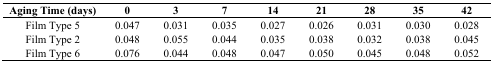
| Aging Time (days) | 0 | 3 | 7 | 14 | 21 | 28 | 35 | 42 |
 | --- | --- | --- | --- | --- | --- | --- | --- | --- |
 | Film Type 5 | 0.047 | 0.031 | 0.035 | 0.027 | 0.026 | 0.031 | 0.030 | 0.028 |
 | Film Type 2 | 0.048 | 0.055 | 0.044 | 0.035 | 0.038 | 0.032 | 0.038 | 0.045 |
 | Film Type 6 | 0.076 | 0.044 | 0.048 | 0.047 | 0.050 | 0.045 | 0.048 | 0.052 |